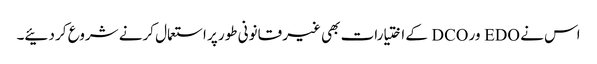
اس نے EDO ور DCO کے اختیارات بھی غیر قانونی طور پر استعمال کرنے شروع کر دئیے۔